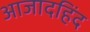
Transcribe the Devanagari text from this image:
आजादहिंद